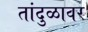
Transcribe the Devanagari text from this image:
तांदुळावर